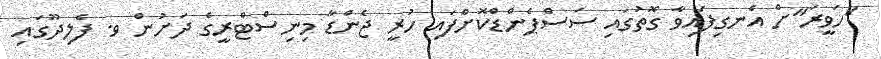
"ހަވީރަ"ށް އެނގިފައިވާ ގޮތުގައި ސަސްޕެންޑްކޮށްފައި ހުރީ ޖެންޑާ މިނިސްޓްރީގެ ދަށުން ވ. ފެލިދޫގައި